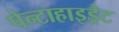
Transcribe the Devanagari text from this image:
पेन्टाहाइड्रेट